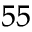
^ { 5 5 }